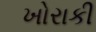
ખોરાકી